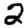
Digit: 2